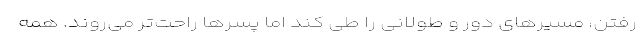
رفتن، مسیرهای دور و طولانی را طی کند اما پسرها راحت‌تر می‌روند. همه